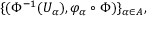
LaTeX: \{ ( \Phi ^ { - 1 } ( U _ { \alpha } ) , \varphi _ { \alpha } \circ \Phi ) \} _ { \alpha \in A } ,